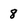
Character: 8